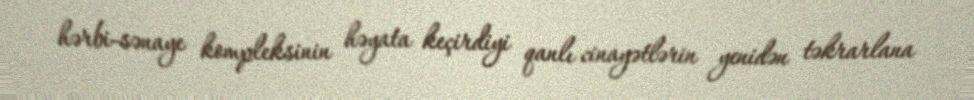
hərbi-sənaye kompleksinin həyata keçirdiyi qanlı cinayətlərin yenidən təkrarlana